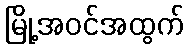
မြို့အဝင်အထွက်